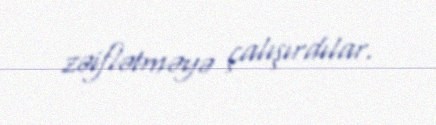
zəiflətməyə çalışırdılar.